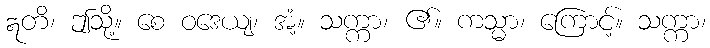
ဣတိ၊ ဤသို့။ စေ ဝဒေယျ၊ အံ့။ သက္ကာ၊ ၏။ ကသ္မာ၊ ကြောင့်။ သက္ကာ၊